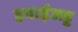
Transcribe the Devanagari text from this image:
हवाईअड्ड